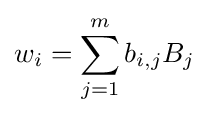
w_{i}=\sum _{j=1}^{m}b_{i,j}B_{j}